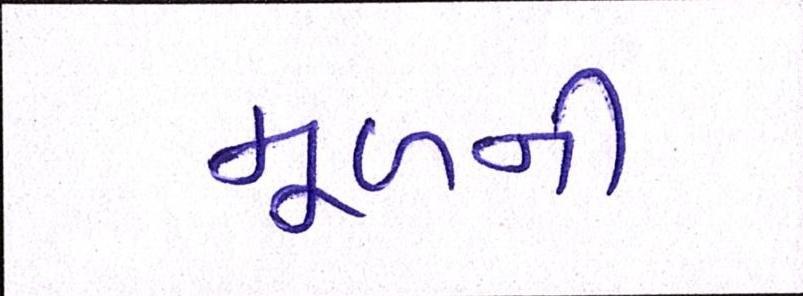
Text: મૂળની